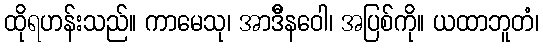
ထိုရဟန်းသည်။ ကာမေသု၊ အာဒိီနဝေါ၊ အပြစ်ကို။ ယထာဘူတံ၊